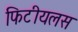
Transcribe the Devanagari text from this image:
फिटीयलस